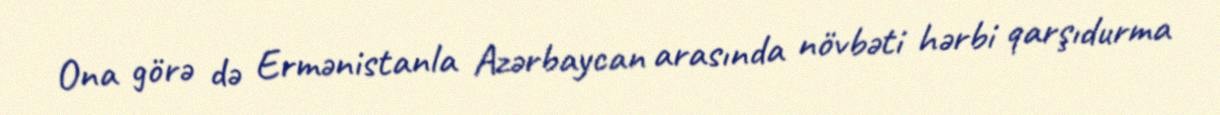
Ona görə də Ermənistanla Azərbaycan arasında növbəti hərbi qarşıdurma